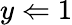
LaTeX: y\Leftarrow 1